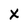
Character: x